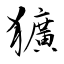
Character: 獷